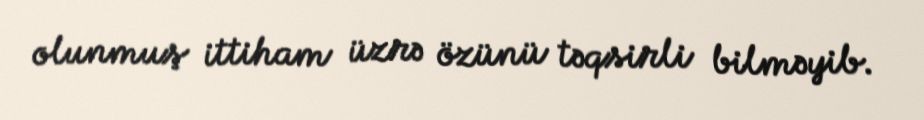
olunmuş ittiham üzrə özünü təqsirli bilməyib.